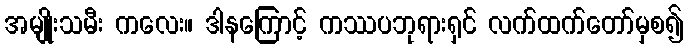
အမျိုးသမီး ကလေး။ ဒါနကြောင့် ကဿပဘုရားရှင် လက်ထက်တော်မှစ၍